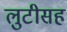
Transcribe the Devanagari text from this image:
लुटीसह